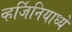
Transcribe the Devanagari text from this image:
व्हर्जिनियाध्ये